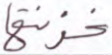
خزنتها